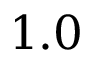
1 . 0